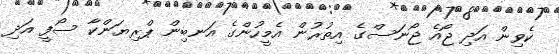
ކެވިން އަދި ޖޯއެ ޖޯނަސްގެ އިތުރުން އެމީހުންގެ އަނބިން ޕްރިޔަންކާ ސޯފީ އަދި